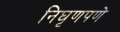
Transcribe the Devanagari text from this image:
निघृणपणे